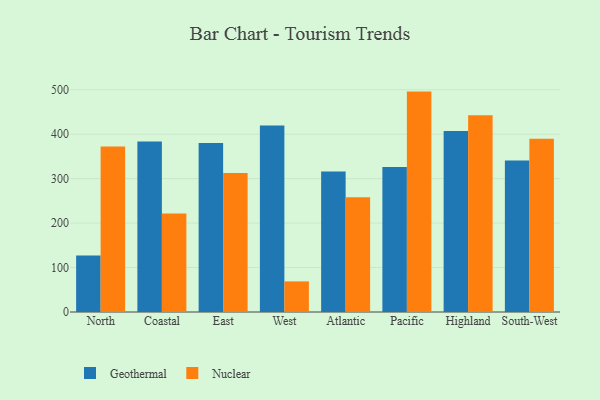
{"axis": {"x": "Region", "y": "Satisfaction Score"}, "legend": ["Geothermal", "Nuclear"], "data": [{"x": "North", "y": 127.2, "type": "Geothermal"}, {"x": "North", "y": 372.1, "type": "Nuclear"}, {"x": "Coastal", "y": 383.5, "type": "Geothermal"}, {"x": "Coastal", "y": 221.5, "type": "Nuclear"}, {"x": "East", "y": 380.0, "type": "Geothermal"}, {"x": "East", "y": 312.6, "type": "Nuclear"}, {"x": "West", "y": 419.5, "type": "Geothermal"}, {"x": "West", "y": 68.9, "type": "Nuclear"}, {"x": "Atlantic", "y": 315.8, "type": "Geothermal"}, {"x": "Atlantic", "y": 258.1, "type": "Nuclear"}, {"x": "Pacific", "y": 326.0, "type": "Geothermal"}, {"x": "Pacific", "y": 495.7, "type": "Nuclear"}, {"x": "Highland", "y": 407.1, "type": "Geothermal"}, {"x": "Highland", "y": 442.7, "type": "Nuclear"}, {"x": "South-West", "y": 340.5, "type": "Geothermal"}, {"x": "South-West", "y": 389.6, "type": "Nuclear"}]}